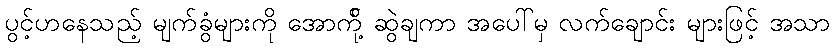
ပွင့်ဟနေသည့် မျက်ခွံများကို အောက်ို့ ဆွဲချကာ အပေါ်မှ လက်ချောင်း များဖြင့် အသာ